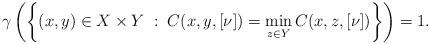
LaTeX: \begin{align*}\gamma \left( \left\{(x,y)\in X\times Y \; : \; C(x,y, [\nu])=\min_{z\in Y} C(x,z,[\nu])\right\} \right)=1.\end{align*}